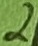
Text: 2